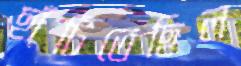
ছাঁটিতেছিল